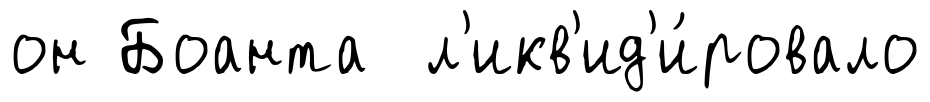
он Боанта л'икв'ид'и́ровало